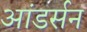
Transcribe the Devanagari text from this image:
आंडर्सन